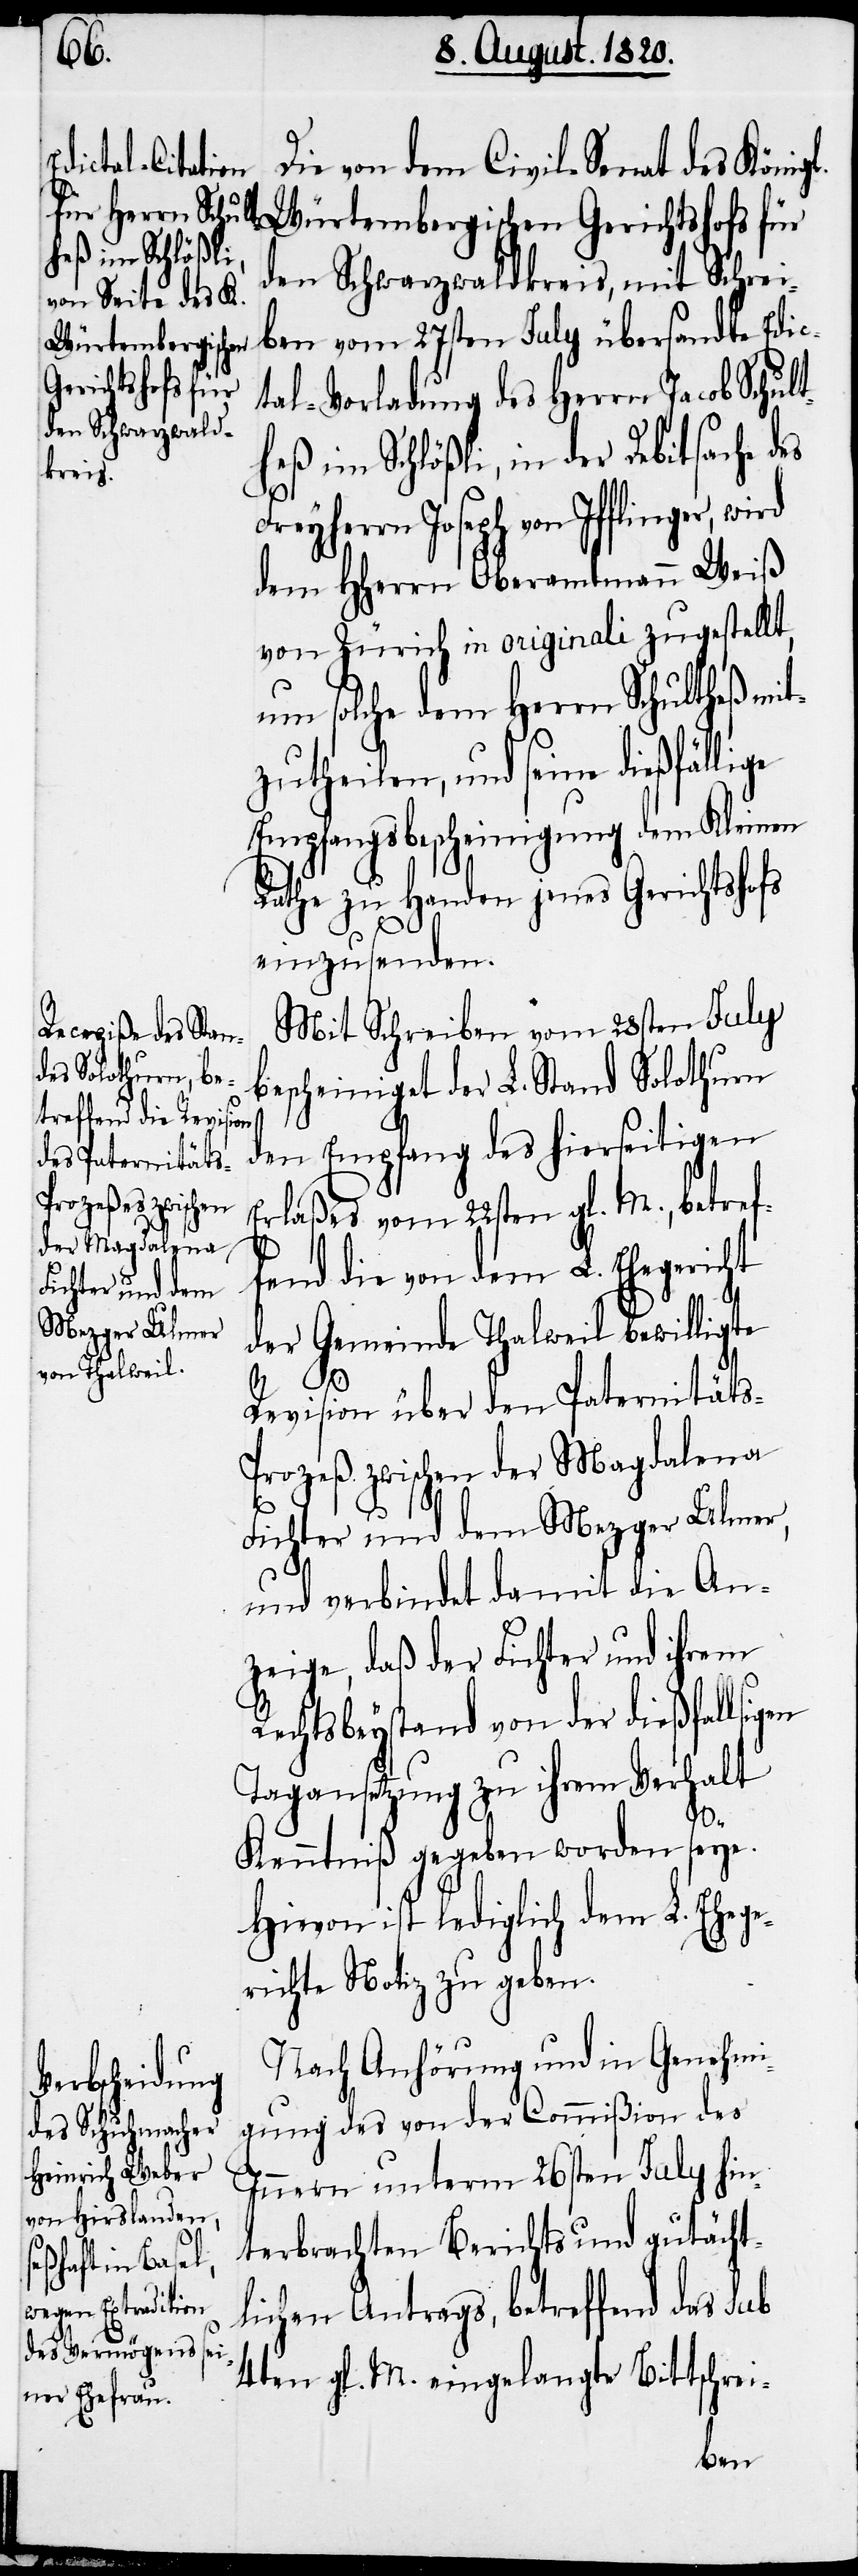
Frey¬

Die von dem Civil-Senat des Königl.
Würtembergischen Gerichtshofs für
den Schwarzwaldkreis, mit Schrei¬
ben vom 27sten July übersandte Edic¬
tal-Vorladung des Herrn Jacob Schult¬
heß im Schlößli, in der Debitsache des
herrn Joseph von Ifflinger,
dem HHerrn Oberamtmann Weiß
von Zürich in originali zugestellt,
um solche dem Herrn Schultheß mi¬
tzutheilen, und seine dießfällige
Empfangsbescheinigung dem Kleinen
Rathe zu Handen jenes Gerichtshofs
einzusenden.
Mit Schreiben vom 28sten July
bescheiniget der L. Stand Solothurn
den Empfang des hierseitigen
Erlaßes vom 22sten gl. M., betref¬
fend die von dem L. Ehegericht
der Gemeinde Thalweil bewilligte
Revision über den Paternität¬
s-Prozeß zwischen der Magdalena
Fichter und dem Mezger Ulmer,
und verbindet damit die An¬
zeige, daß der Fichter und ihrem
Rechtsbeystand von der dießfallsigen
Tagansetzung zu ihrem Verhalt
ge¬
Kenntniß gegeben worden seye.
Hievon ist lediglich dem L. Ehe¬
richte Notiz zu geben.
Nach Anhörung und in Genehmi¬
gung des von der Commißion des
Innern unterm 26sten July hin¬
terbrachten Berichts und gutächt¬
lichen Antrags, betreffend das sub
4ten gl. M. eingelangte Bittschrei-